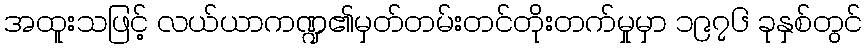
အထူးသဖြင့် လယ်ယာကဏ္ဍ၏မှတ်တမ်းတင်တိုးတက်မှုမှာ ၁၉၇၆ ခုနှစ်တွင်